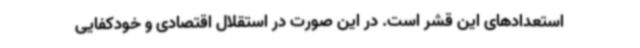
استعدادهای این قشر است. در این صورت در استقلال اقتصادی و خودکفایی